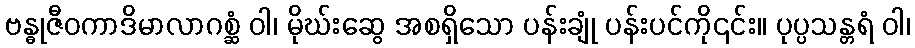
ဗန္ဓုဇီဝကာဒိမာလာဂစ္ဆံ ဝါ၊ မိုဃ်းဆွေ အစရှိသော ပန်းချုံ ပန်းပင်ကို၎င်း။ ပုပ္ပသန္တရံ ဝါ၊